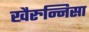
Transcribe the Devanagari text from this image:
खैरुन्निसा